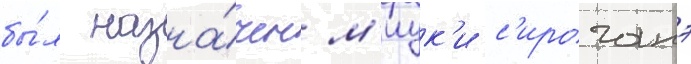
бы́л назна́чен м'иук'и с'ироганэ